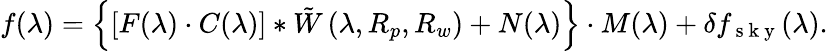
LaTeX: f(\lambda)=\left\{ [F(\lambda)\cdot C(\lambda)]*\tilde{W}\left(\lambda,R_{p},R_{w}\right)+N(\lambda)\right\} \cdot M(\lambda)+\delta f_{\mathrm{~s~k~y~}}(\lambda).